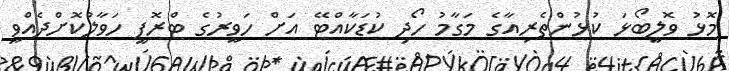
މޮޅު ވޮލީބޯޅަ ކުޅުންތެރިއާގެ މަގާމު ހޯދި ކުޑަކާއްޓޭ އަށް ހަވީރުގެ ޓްރޮފީ ހަވާލުކޮށްދެއްވީ